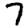
Digit: 7